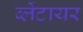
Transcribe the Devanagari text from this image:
ब्लेंटायर